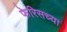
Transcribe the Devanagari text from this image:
फेरिसच्या